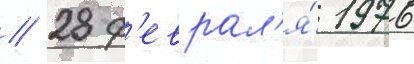
// 28 ф'еврал'я́ 1976